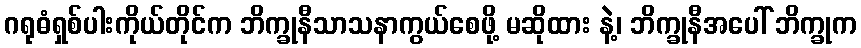
ဂရုဓံရှစ်ပါးကိုယ်တိုင်က ဘိက္ခုနီသာသနာကွယ်စေဖို့ မဆိုထား နဲ့၊ ဘိက္ခုနီအပေါ် ဘိက္ခုက